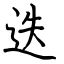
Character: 迭